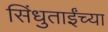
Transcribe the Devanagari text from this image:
सिंधुताईंच्या